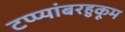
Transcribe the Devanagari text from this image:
टप्प्यांबरहुकूम